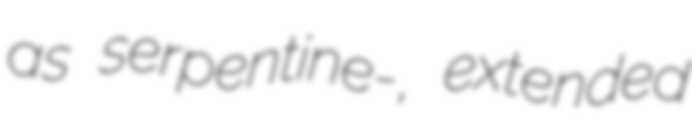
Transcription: as serpentine-, extended